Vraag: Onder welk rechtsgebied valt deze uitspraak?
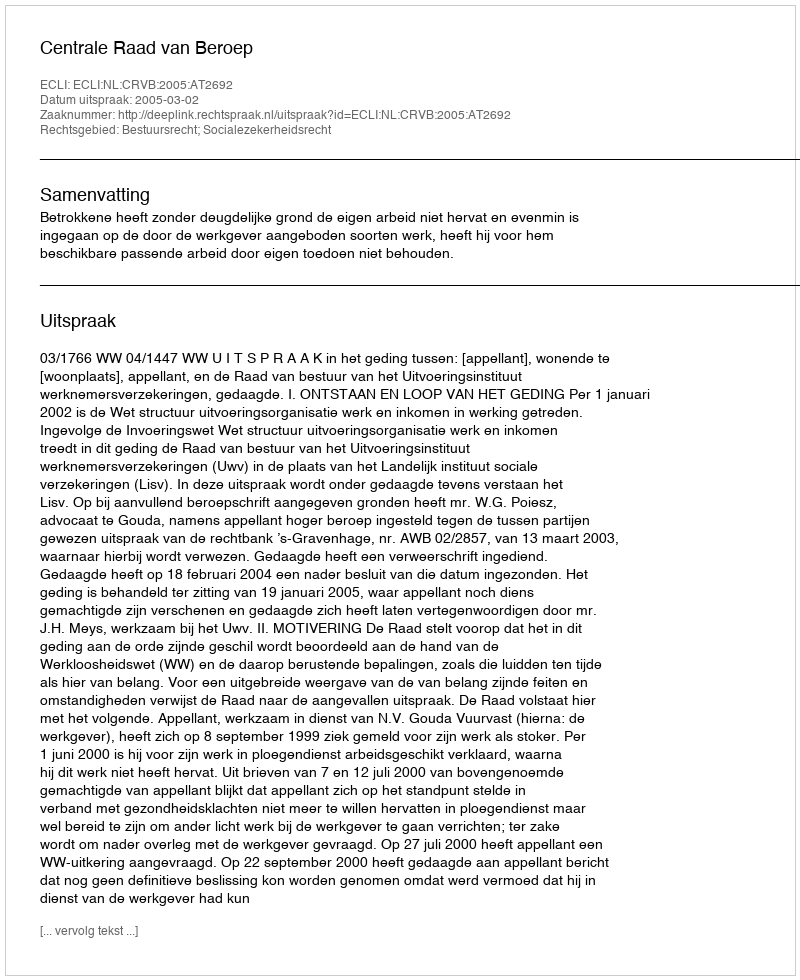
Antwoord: Bestuursrecht; Socialezekerheidsrecht